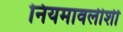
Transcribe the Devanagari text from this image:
नियमावलीशी